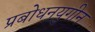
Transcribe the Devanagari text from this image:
प्रबोधनयुगीन